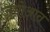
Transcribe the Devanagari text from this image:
जमोआत